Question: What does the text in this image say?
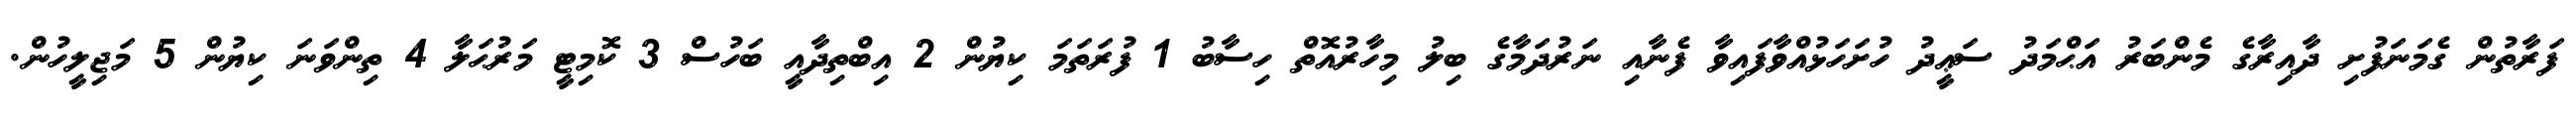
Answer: ފަރާތުން ގެމަނަފުށި ދާއިރާގެ މެންބަރު އަޙްމަދު ސަޢީދު ހުށަހަޅުއްވާފައިވާ ފެނާއި ނަރުދަމާގެ ބިލު މިހާރުއޮތް ހިސާބު 1 ފުރަތަމަ ކިޔުން 2 އިބްތިދާއީ ބަހުސް 3 ކޮމިޓީ މަރުޙަލާ 4 ތިންވަނަ ކިޔުން 5 މަޖިލީހުން.